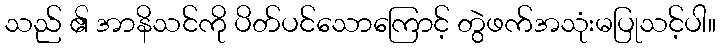
သည် ၏ အာနိသင်ကို ပိတ်ပင်သောကြောင့် တွဲဖက်အသုံးမပြုသင့်ပါ။